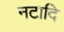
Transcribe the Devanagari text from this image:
नटादि